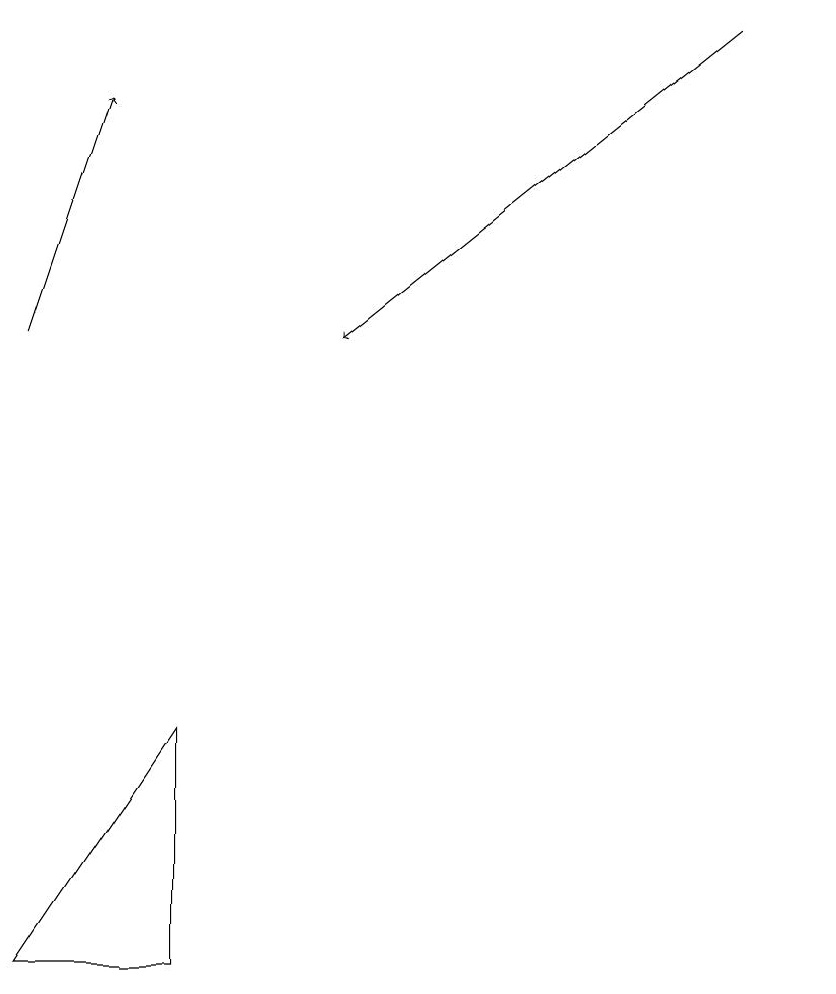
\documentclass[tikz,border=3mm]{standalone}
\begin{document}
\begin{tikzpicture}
\draw (2,9) -- (2,6) -- (0,6) -- cycle;
\draw[->] (9,18) -- (4,14);
\draw[->] (0,14) -- (1,17);
\draw (10,12) circle (0);
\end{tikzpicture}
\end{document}